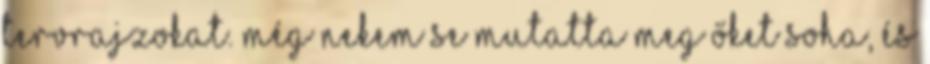
tervrajzokat. Még nekem se mutatta meg őket soha, és